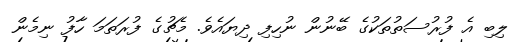
ލިބި އެ ފުރުސަތުތަކުގެ ބޭނުން ނުހިފި ދިޔައެވެ. މެޗުގެ ފުރަތަމަ ހާފު ނިމެން